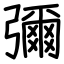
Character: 彌